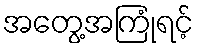
အတွေ့အကြုံရင့်